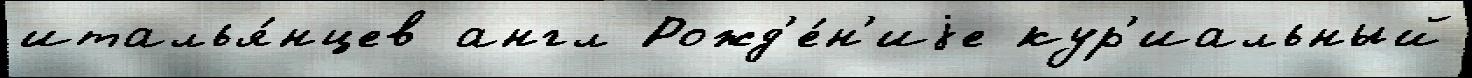
италья́нцев англ Рожд'е́н'иjе кур'иальный